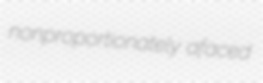
nonproportionately afaced